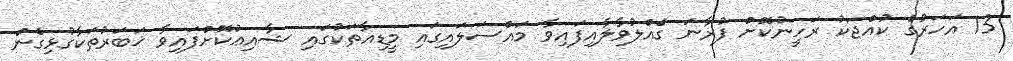
13 އަހަރުގެ ކުއްޖަކު ރަހީނުކޮށް ފުރާނަ ގެއްލުވާލާއިފައިވާ މައްސަލައިގައި މީޑިއާތަކުގައި ޝާއިޢުކޮށްފައިވާ ޚަބަރުތަކާގުޅިގެން